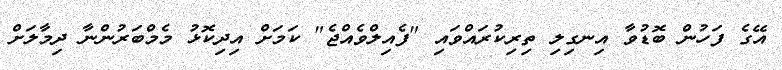
އޭގެ ފަހުން ބޮޑުވާ އިނގިލި ތިރިކުރައްވައި "ފެއިލްވެއްޖެ" ކަމަށް އިދިކޮޅު މެމްބަރުންނާ ދިމާލަށް